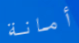
أمانة